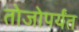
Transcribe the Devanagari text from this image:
तोजोपर्यंत